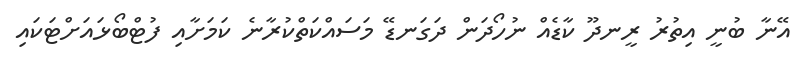
އޭނާ ބުނީ އިތުރު ރީނދޫ ކާޑެއް ނުހޯދަން ދަގަނޑޭ މަސައްކަތްކުރާނެ ކަމަށާއި ފުޓްބޯޅައަށްޓަކައި